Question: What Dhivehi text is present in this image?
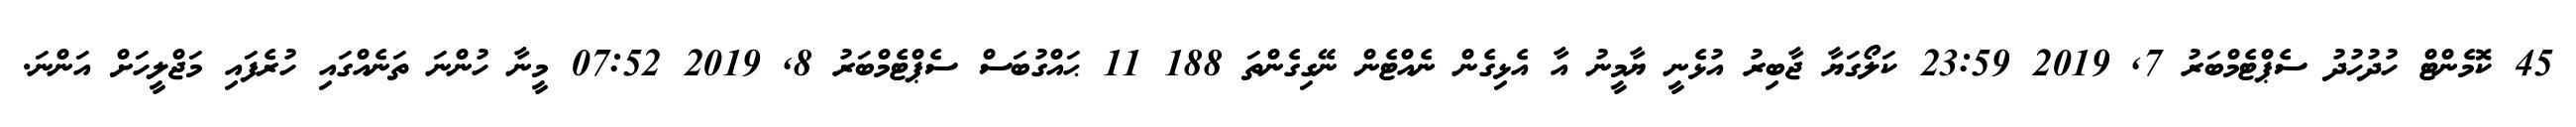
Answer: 45 ކޮމެންޓް ހުދުހުދު ސެޕްޓެމްބަރު 7, 2019 23:59 ކަލޯގަޔާ ޖާބިރު އުޅެނީ ޔާމީނު އާ އެޅިގެން ނެއްޓެން ނޭގިގެންތަ 188 11 ޙައްގުބަސް ސެޕްޓެމްބަރު 8, 2019 07:52 މީނާ ހުންނަ ތަނެއްގައި ހުރެފައި މަޖްލީހަށް އަންނަ.